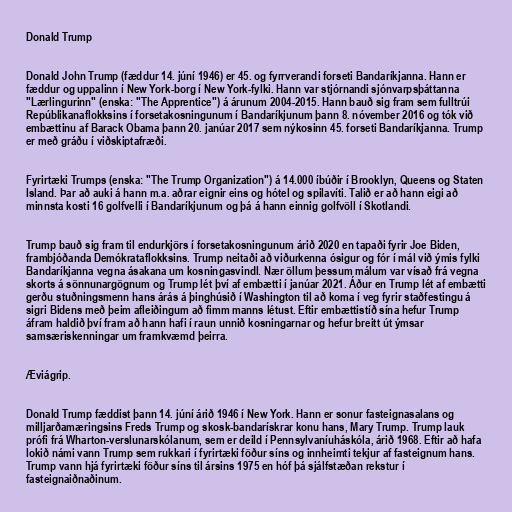
Donald Trump

Donald John Trump (fæddur 14. júní 1946) er 45. og fyrrverandi forseti Bandaríkjanna. Hann er
fæddur og uppalinn í New York-borg í New York-fylki. Hann var stjórnandi sjónvarpsþáttanna
"Lærlingurinn" (enska: "The Apprentice") á árunum 2004-2015. Hann bauð sig fram sem fulltrúi
Repúblikanaflokksins í forsetakosningunum í Bandaríkjunum þann 8. nóvember 2016 og tók við
embættinu af Barack Obama þann 20. janúar 2017 sem nýkosinn 45. forseti Bandaríkjanna. Trump
er með gráðu í viðskiptafræði.

Fyrirtæki Trumps (enska: "The Trump Organization") á 14.000 íbúðir í Brooklyn, Queens og Staten
Island. Þar að auki á hann m.a. aðrar eignir eins og hótel og spilavíti. Talið er að hann eigi að
minnsta kosti 16 golfvelli í Bandaríkjunum og þá á hann einnig golfvöll í Skotlandi.

Trump bauð sig fram til endurkjörs í forsetakosningunum árið 2020 en tapaði fyrir Joe Biden,
frambjóðanda Demókrataflokksins. Trump neitaði að viðurkenna ósigur og fór í mál við ýmis fylki
Bandaríkjanna vegna ásakana um kosningasvindl. Nær öllum þessum málum var vísað frá vegna
skorts á sönnunargögnum og Trump lét því af embætti í janúar 2021. Áður en Trump lét af embætti
gerðu stuðningsmenn hans árás á þinghúsið í Washington til að koma í veg fyrir staðfestingu á
sigri Bidens með þeim afleiðingum að fimm manns létust. Eftir embættistíð sína hefur Trump
áfram haldið því fram að hann hafi í raun unnið kosningarnar og hefur breitt út ýmsar
samsæriskenningar um framkvæmd þeirra.

Æviágrip.

Donald Trump fæddist þann 14. júní árið 1946 í New York. Hann er sonur fasteignasalans og
milljarðamæringsins Freds Trump og skosk-bandarískrar konu hans, Mary Trump. Trump lauk
prófi frá Wharton-verslunarskólanum, sem er deild í Pennsylvaníuháskóla, árið 1968. Eftir að hafa
lokið námi vann Trump sem rukkari í fyrirtæki föður síns og innheimti tekjur af fasteignum hans.
Trump vann hjá fyrirtæki föður síns til ársins 1975 en hóf þá sjálfstæðan rekstur í
fasteignaiðnaðinum.